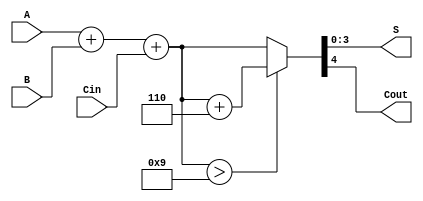
module BCD_Adder (
    input  wire [3:0] A,     // First BCD digit
    input  wire [3:0] B,     // Second BCD digit
    input  wire Cin,         // Carry-in
    output wire [3:0] S,     // BCD sum
    output wire Cout         // Carry-out
);
    wire [4:0] sum;          // 5-bit sum to accommodate carry
    wire correction;         // Signal to indicate if correction is needed
    wire [4:0] corrected_sum; // Corrected sum after adding 6 if necessary

    // Step 1: Perform binary addition
    assign sum = A + B + Cin;

    // Step 2: Determine if correction is needed
    assign correction = sum > 5'b01001; // Check if sum is greater than 9

    // Step 3: Correct the sum if necessary
    assign corrected_sum = correction ? (sum + 5'b00110) : sum; // Add 6 if correction is needed

    // Step 4: Generate outputs
    assign S = corrected_sum[3:0]; // Lower 4 bits for BCD result
    assign Cout = corrected_sum[4]; // Highest bit for carry-out

endmodule